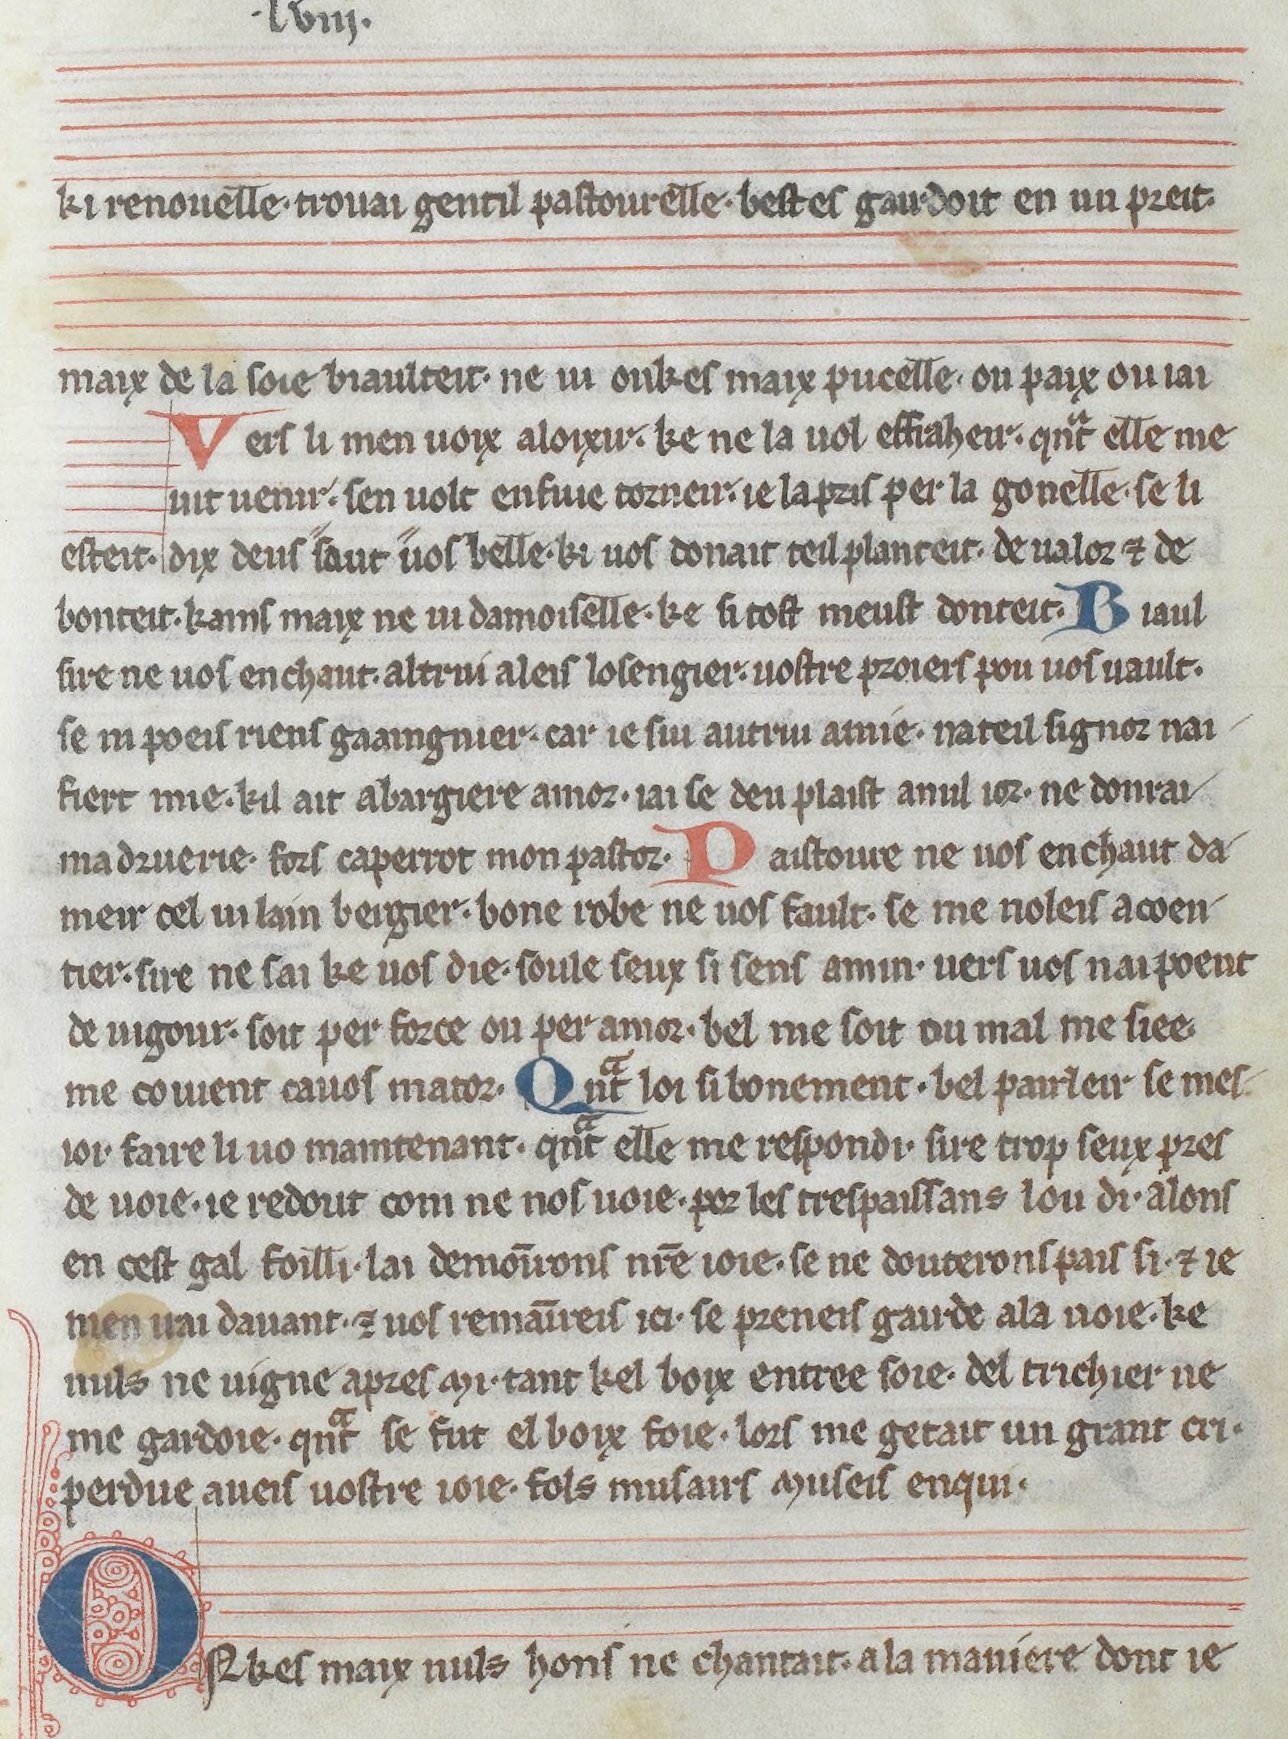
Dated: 1275–1299